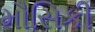
મૌસિકી